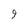
Character: 9